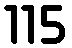
115